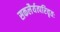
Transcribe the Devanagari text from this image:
सकलैर्यत्परिवृतः